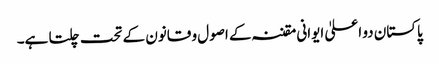
پاکستان دو اعلیٰ ایوانی مقننہ کے اصول و قانون کے تحت چلتا ہے۔